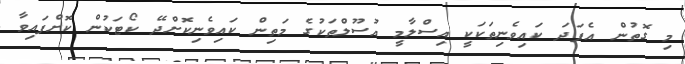
މި ގޮތުން އެފަދަ ކައިވެނިތަކަކީ އިސްލާމީ އުސޫލްތަކުގެ މަތިން ކައިވެނިކޮށްދޭ ކޯޓަކުން ކޮށްފައިވާ